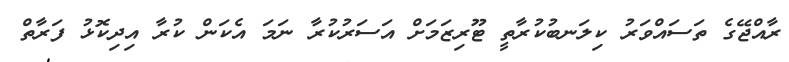
ރާއްޖޭގެ ތަސައްވަރު ކިލަނބުކުރާތީ ޓޫރިޒަމަށް އަސަރުކުރާ ނަމަ އެކަން ކުރާ އިދިކޮޅު ފަރާތް